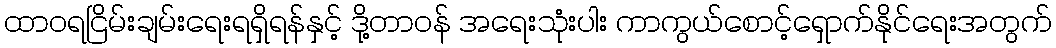
ထာဝရငြိမ်းချမ်းရေးရရှိရန်နှင့် ဒို့တာဝန် အရေးသုံးပါး ကာကွယ်စောင့်ရှောက်နိုင်ရေးအတွက်